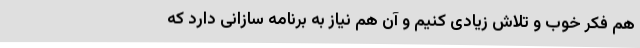
هم فکر خوب و تلاش زیادی کنیم و آن هم نیاز به برنامه سازانی دارد که